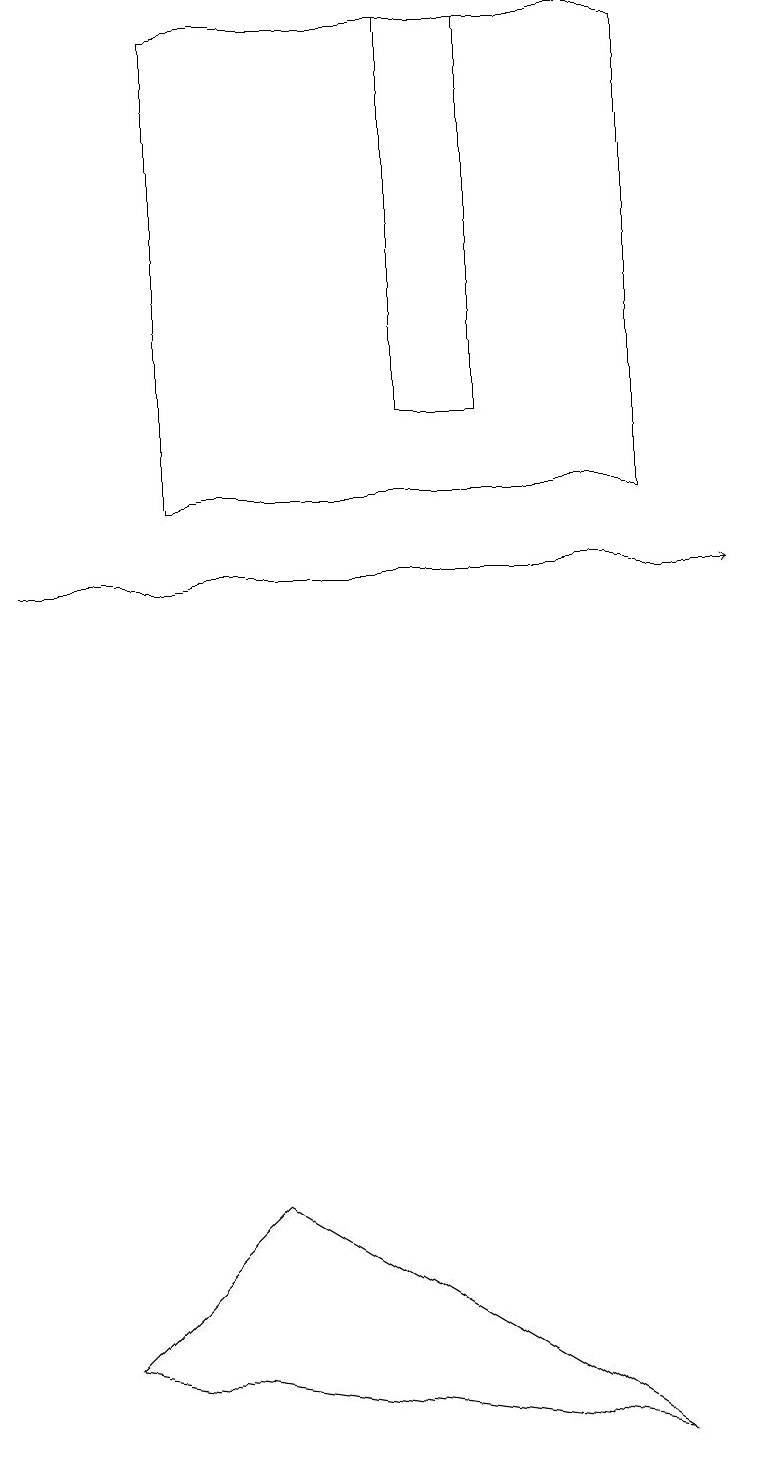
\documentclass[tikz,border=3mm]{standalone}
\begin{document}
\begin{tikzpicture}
\draw (8,1) -- (1,2) -- (3,4) -- cycle;
\draw[->] (0,12) -- (9,12);
\draw (2,19) rectangle (8,13);
\draw (5,19) rectangle (6,14);
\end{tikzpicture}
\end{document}